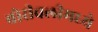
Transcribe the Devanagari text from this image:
बोरीवलीमध्ये